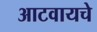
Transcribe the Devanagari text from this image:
आटवायचे